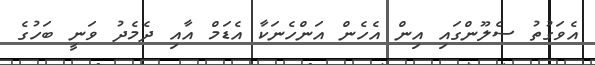
އެވަގުތު ސެލޫންގައި އިން އެހެން އަންހެނަކާ އެޑަމް އާއި ދެމެދު ވަނީ ބަހުގެ